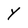
Character: Y